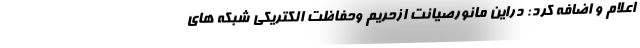
اعلام و اضافه کرد: دراین مانورصیانت ازحریم وحفاظت الکتریکی شبکه های